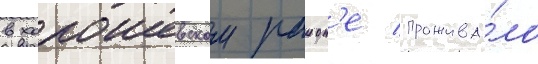
в хорошевском раион'е прожива́ло